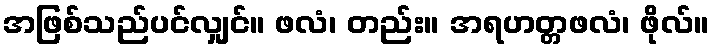
အဖြစ်သည်ပင်လျှင်။ ဖလံ၊ တည်း။ အရဟတ္တဖလံ၊ ဖိုလ်။